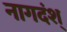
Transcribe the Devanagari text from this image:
नागदंश्